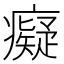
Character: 癡